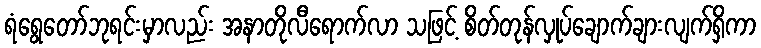
ရံရွေတော်ဘုရင်းမှာလည်း အနာတိုလီရောက်လာ သဖြင့် စိတ်တုန်လှုပ်ချောက်ချားလျက်ရှိကာ